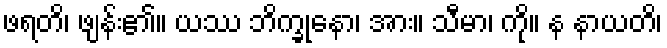
ဖရတိ၊ ဖျန်း၏။ ယဿ ဘိက္ခုနော၊ အား။ သီမာ၊ ကို။ န နာယတိ၊